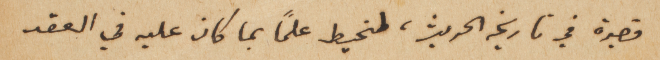
قصيرة في تاريخه الحديث، لنحيط علماً بما كان عليه في العقد